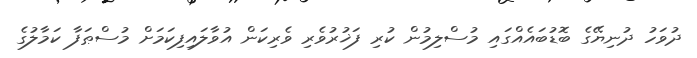
ދުވަހު ދުނިޔޭގެ ބޮޑުބައެއްގައި މުސްލިމުން ކުރި ފަޚުރުވެރި ވެރިކަން އުވާލައިފިކަމަށް މުސްޠަފާ ކަމާލުގެ